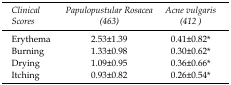
<table><thead><tr><td><b>Clinical Scores</b></td><td><b>Papulopustular Rosacea(463)</b></td><td><b>Acne Vulgaris (412)</b></td></tr></thead><tbody><tr><td>Erythema</td><td>2.53±1.39</td><td>0.41±0.82*</td></tr><tr><td>Burning</td><td>1.33±0.98</td><td>0.30±0.62*</td></tr><tr><td>Drying</td><td>1.09±0.95</td><td>0.36±0.66*</td></tr><tr><td>Itching</td><td>0.93±0.82</td><td>0.26±0.54*</td></tr></tbody></table>